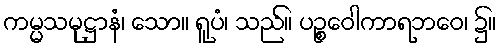
ကမ္မသမုဋ္ဌာနံ၊ သော။ ရူပံ၊ သည်။ ပဉ္စဝေါကာရဘဝေ၊ ၌။